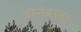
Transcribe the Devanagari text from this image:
धरनेवाला